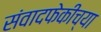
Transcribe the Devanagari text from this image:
संवादफेकीच्या